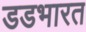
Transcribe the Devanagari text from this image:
डडभारत